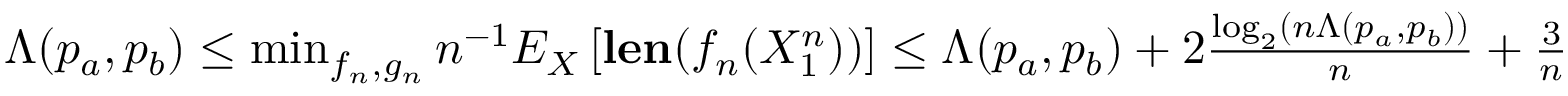
\begin{array} { r } { \Lambda ( p _ { a } , p _ { b } ) \leq \operatorname* { m i n } _ { f _ { n } , g _ { n } } n ^ { - 1 } E _ { X } \left[ { \mathbf { l e n } ( f _ { n } ( X _ { 1 } ^ { n } ) ) } \right] \leq \Lambda ( p _ { a } , p _ { b } ) + 2 \frac { \log _ { 2 } \left( n \Lambda ( p _ { a } , p _ { b } ) \right) } { n } + \frac { 3 } { n } } \end{array}